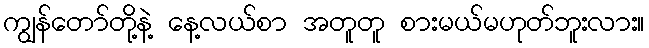
ကျွန်တော်တို့နဲ့ နေ့လယ်စာ အတူတူ စားမယ်မဟုတ်ဘူးလား။